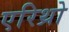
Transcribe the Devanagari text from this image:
एरिथ्रो